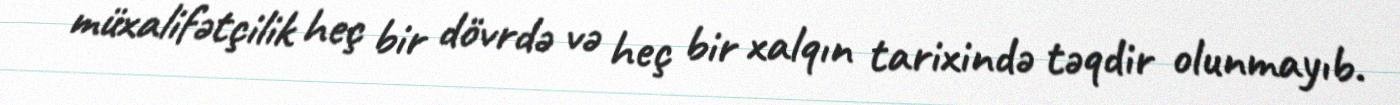
müxalifətçilik heç bir dövrdə və heç bir xalqın tarixində təqdir olunmayıb.